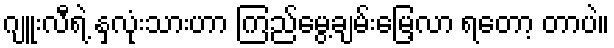
ဂျူးလီရဲ့ နှလုံးသားဟာ ကြည်မွေ့ချမ်းမြေ့လာ ရတော့ တာပဲ။